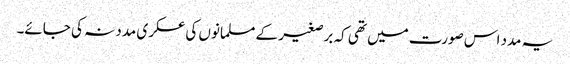
یہ مدد اس صورت میں تھی کہ برصغیر کے مسلمانوں کی عسکری مدد نہ کی جائے۔